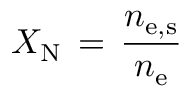
X _ { \mathrm { { N } } } \, = \, \frac { n _ { \mathrm { { e , s } } } } { n _ { \mathrm { { e } } } }